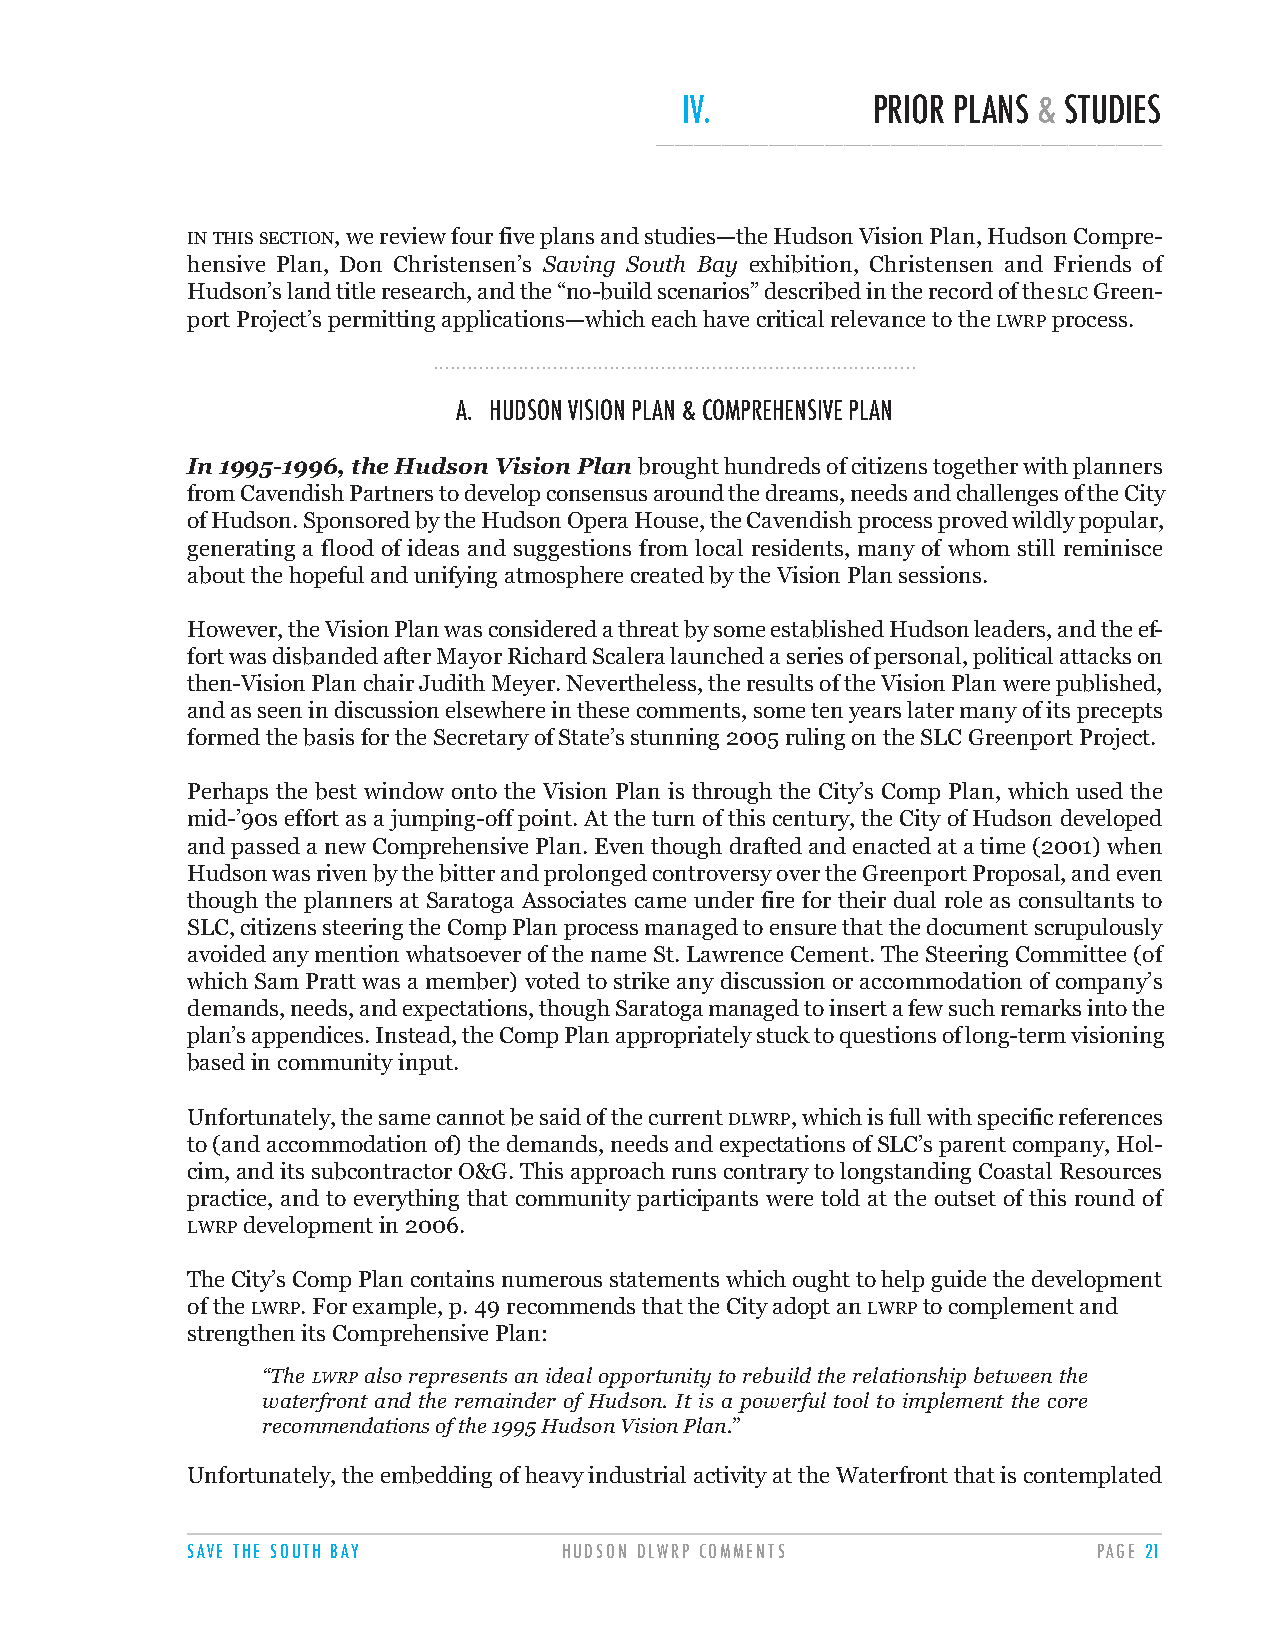
IV.          PRIOR PLANS & STUDIES
 ______________________________________________________
 INTHISSECTION, we review four five plans and studies—the Hudson Vision Plan, Hudson Compre-
 hensive Plan, Don Christensen’s Saving South Bay exhibition, Christensen and Friends of
 Hudson’s land title research, and the “no-build scenarios” described in the record of the SLCGreen-
 port Project’s permitting applications—which each have critical relevance to the LWRPprocess.
 .....................................................................................
 A. HUDSON VISION PLAN & COMPREHENSIVE PLAN
 In 1995-1996, the Hudson Vision Plan brought hundreds of citizens together with planners
 from Cavendish Partners to develop consensus around the dreams, needs and challenges of the City
 of Hudson. Sponsored by the Hudson Opera House, the Cavendish process proved wildly popular,
 generating a flood of ideas and suggestions from local residents, many of whom still reminisce
 about the hopeful and unifying atmosphere created by the Vision Plan sessions.
 However, the Vision Plan was considered a threat by some established Hudson leaders, and the ef-
 fort was disbanded after Mayor Richard Scalera launched a series of personal, political attacks on
 then-Vision Plan chair Judith Meyer. Nevertheless, the results of the Vision Plan were published,
 and as seen in discussion elsewhere in these comments, some ten years later many of its precepts
 formed the basis for the Secretary of State’s stunning 2005 ruling on the SLC Greenport Project.
 Perhaps the best window onto the Vision Plan is through the City’s Comp Plan, which used the
 mid-’90s effort as a jumping-off point. At the turn of this century, the City of Hudson developed
 and passed a new Comprehensive Plan. Even though drafted and enacted at a time (2001) when
 Hudson was riven by the bitter and prolonged controversy over the Greenport Proposal, and even
 though the planners at Saratoga Associates came under fire for their dual role as consultants to
 SLC, citizens steering the Comp Plan process managed to ensure that the document scrupulously
 avoided any mention whatsoever of the name St. Lawrence Cement. The Steering Committee (of
 which Sam Pratt was a member) voted to strike any discussion or accommodation of company’s
 demands, needs, and expectations, though Saratoga managed to insert a few such remarks into the
 plan’s appendices. Instead, the Comp Plan appropriately stuck to questions of long-term visioning
 based in community input.
 Unfortunately, the same cannot be said of the current DLWRP, which is full with specific references
 to (and accommodation of) the demands, needs and expectations of SLC’s parent company, Hol-
 cim, and its subcontractor O&G. This approach runs contrary to longstanding Coastal Resources
 practice, and to everything that community participants were told at the outset of this round of
 LWRPdevelopment in 2006.
 The City’s Comp Plan contains numerous statements which ought to help guide the development
 of the LWRP. For example, p. 49 recommends that the City adopt an LWRPto complement and
 strengthen its Comprehensive Plan:
 “The LWRP also represents an ideal opportunity to rebuild the relationship between the
 waterfront and the remainder of Hudson. It is a powerful tool to implement the core
 recommendations of the 1995 Hudson Vision Plan.”
 Unfortunately, the embedding of heavy industrial activity at the Waterfront that is contemplated
 SAVE THE SOUTH BAY       HUDSON DLWRP COMMENTS               PAGE 21